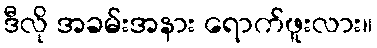
ဒီလို အခမ်းအနား ရောက်ဖူးလား။